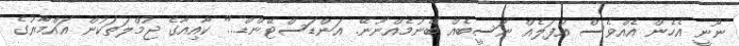
ނޫނީ އެހެން އެއްވެސް އުފަލެއް ނަސީބެއް ބޭނުމެއްނޫނޭ. އަންޑަސްޓޭންޑް..." ކާއިއާގެ ޖުމްލަތަކުން އައްމާރުގެ